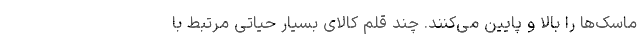
ماسک‌ها را بالا و پایین می‌کنند. چند قلم کالای بسیار حیاتی مرتبط با